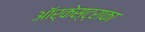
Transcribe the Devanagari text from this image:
ऑर्केस्ट्राका